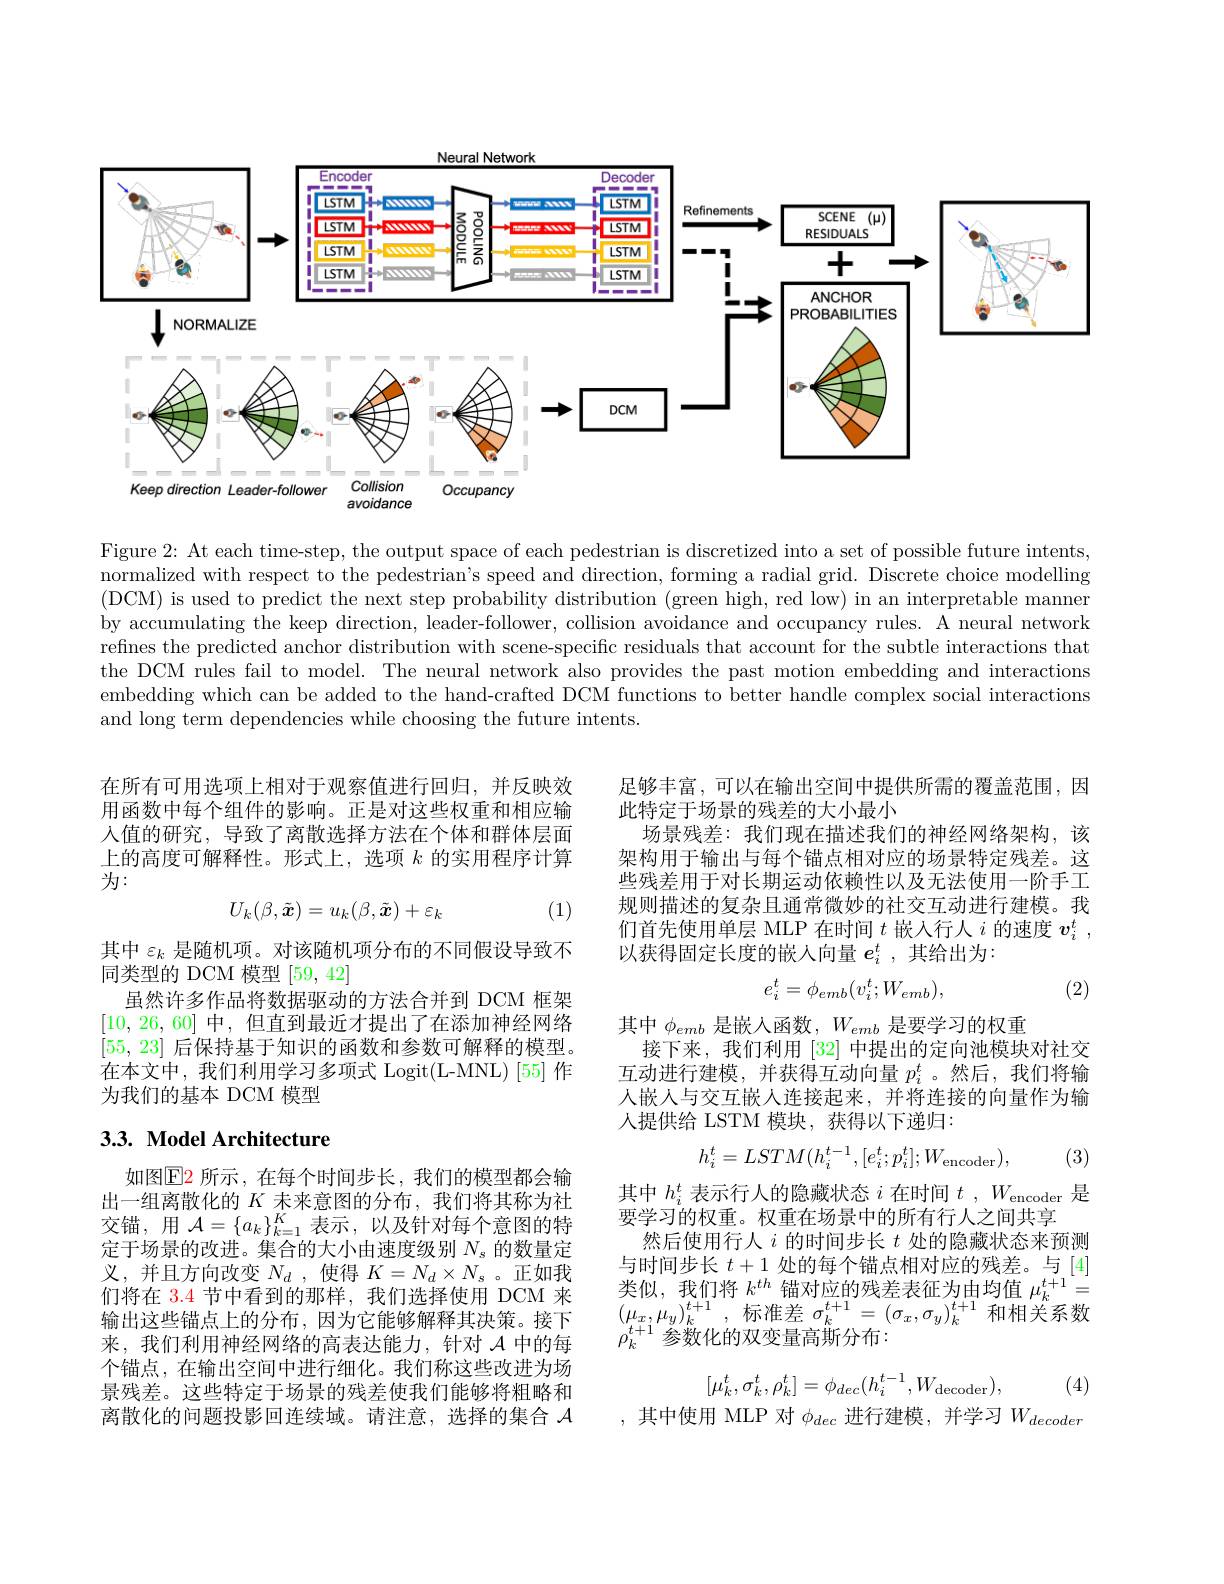
<FigureHere>

Figure 2: At each time-step, the output space of each pedestrian is discretized into a set of possible future intents, normalized with respect to the pedestrian's speed and direction, forming a radial grid. Discrete choice modelling (DCM) is used to predict the next step probability distribution (green high, red low) in an interpretable manner by accumulating the keep direction, leader-follower, collision avoidance and occupancy rules. A neural network refines the predicted anchor distribution with scene-specific residuals that account for the subtle interactions that the DCM rules fail to model. The neural network also provides the past motion embedding and interactions embedding which can be added to the hand-crafted DCM functions to better handle complex social interactions and long term dependencies while choosing the future intents.

在所有可用选项上相对于观察值进行回归，并反映效用函数中每个组件的影响。正是对这些权重和相应输入值的研究，导致了离散选择方法在个体和群体层面上的高度可解释性。形式上，选项$k$的实用程序计算为：

足够丰富，可以在输出空间中提供所需的覆盖范围，因
此特定于场景的残差的大小最小
场景残差：我们现在描述我们的神经网络架构，该架构用于输出与每个锚点相对应的场景特定残差。这些残差用于对长期运动依赖性以及无法使用一阶手工规则描述的复杂且通常微妙的社交互动进行建模。我们首先使用单层 MLP 在时间$t$嵌人行人$i$的速度$v_i^t$, 以获得固定长度的嵌人向量$e_i^t$ ,其给出为：

(1)
$$U_k(\beta,\tilde{\boldsymbol{x}})=u_k(\beta,\tilde{\boldsymbol{x}})+\varepsilon_k$$
$$e_i^t=\phi_{emb}(v_i^t;W_{emb}),$$
(2)

其中$\varepsilon_k$是随机项。对该随机项分布的不同假设导致不
同类型的 DCM 模型 [59, 42]
虽然许多作品将数据驱动的方法合并到 DCM 框架[10,26,60]中，但直到最近才提出了在添加神经网络[55,23]后保持基于知识的函数和参数可解释的模型。在本文中，我们利用学习多项式 Logit(L-MNL)[55] 作为我们的基本 DCM 模型

其中$\phi_{emb}$是嵌入函数$,W_emb$是要学习的权重
接下来，我们利用[32]中提出的定向池模块对社交互动进行建模，并获得互动向量$p_i^t$ 。然后，我们将输人嵌入与交互嵌人连接起来，并将连接的向量作为输人提供给 LSTM 模块，获得以下递归：

# 3.3. Model Architecture
$$h_i^t=LSTM(h_i^{t-1},[e_i^t;p_i^t];W_{\mathrm{encoder}}),$$
(3)

其中$h_i^t$表示行人的隐藏状态$i$在时间$t,W_\mathrm{encoder}$是
要学习的权重。权重在场景中的所有行人之间共享
然后使用行人$i$的时间步长$t$处的隐藏状态来预测与时间步长$t+1$处的每个锚点相对应的残差。与[4] 类似，我们将$k^th$锚对应的残差表征为由均值$\mu_k^{t+1}=$ $\left(\mu_{x},\mu_{y}\right)_{k}^{t+1}$, 标准差 $\sigma_k^{t+1}=\left(\sigma_{x},\sigma_{y}\right)_{k}^{t+1}$和相关系数$\rho_k^{t+1}$参数化的双变量高斯分布：

如图$\operatorname{E2}$ 所示，在每个时间步长，我们的模型都会输出一组离散化的$K$未来意图的分布，我们将其称为社交锚，用$\mathcal{A}=\{a_k\}_{k=1}^K$表示，以及针对每个意图的特定于场景的改进。集合的大小由速度级别$N_s$的数量定义，并且方向改变$N_d$ ,使得$K=N_d\times N_s$ 。正如我们将在 3.4 节中看到的那样，我们选择使用 DCM 来输出这些锚点上的分布，因为它能够解释其决策。接下来，我们利用神经网络的高表达能力，针对$\mathcal{A}$中的每个锚点，在输出空间中进行细化。我们称这些改进为场景残差。这些特定于场景的残差使我们能够将粗略和离散化的问题投影回连续域。请注意，选择的集合$\mathcal{A}$
$$[\mu_k^t,\sigma_k^t,\rho_k^t]=\phi_{dec}(h_i^{t-1},W_{\mathrm{decoder}}),$$
,其中使用 MLP 对$\phi_dec$进行建模，并学习$W_decoder$

(4)